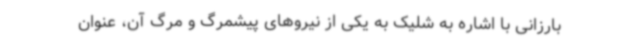
بارزانی با اشاره به شلیک به یکی از نیروهای پیشمرگ و مرگ آن، عنوان